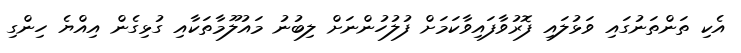
އެކި ތަންތަނުގައި ވަޅުލައި ފޮރުވާފައިވާކަމަށް ފުލުހުންނަށް ލިބުނު މައުލޫމާތަކާއި ގުޅިގެން އިއްޔެ ހިންގި